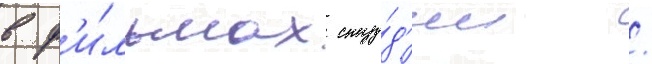
в ф'и́льмах сту́д'ии /